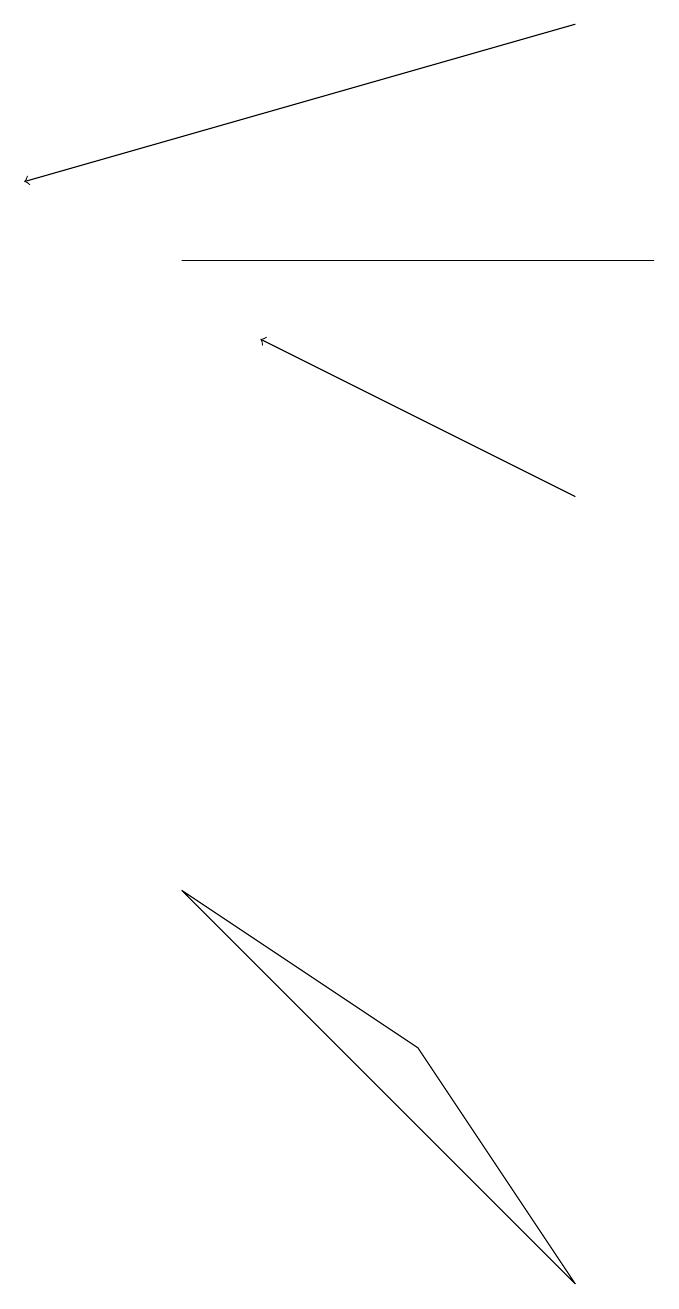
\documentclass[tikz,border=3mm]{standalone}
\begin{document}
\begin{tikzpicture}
\draw[->] (8,16) -- (1,14);
\draw[->] (8,10) -- (4,12);
\draw (9,13) rectangle (3,13);
\draw (6,3) -- (8,0) -- (3,5) -- cycle;
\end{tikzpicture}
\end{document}